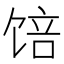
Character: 𱃾